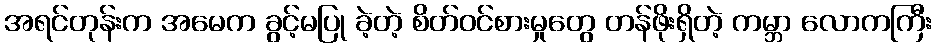
အရင်တုန်းက အမေက ခွင့်မပြု ခဲ့တဲ့ စိတ်ဝင်စားမှုတွေ တန်ဖိုးရှိတဲ့ ကမ္ဘာ လောကကြီး